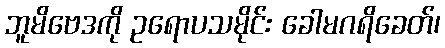
ဘူမိဗေဒကို ဥရောပသမိုင်း ခေါမဂရိခေတ်၊